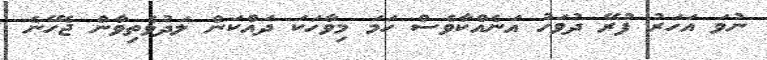
ނުވަ އަހަރު ފުރޭ ދުވަހު އަނެއްކާވެސް ހަމަ މިވާހަކަ ދައްކަން ލަދުވެތިވާން ޖެހޭނެ